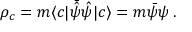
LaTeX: \rho _ { c } = m \langle c | \bar { \hat { \psi } } { \hat { \psi } } | c \rangle = m \bar { \psi } \psi \, .